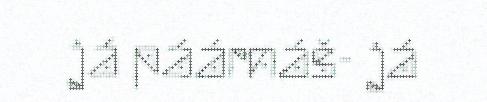
já páárnáš- já